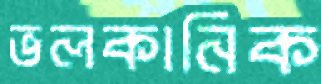
ভলকানিক